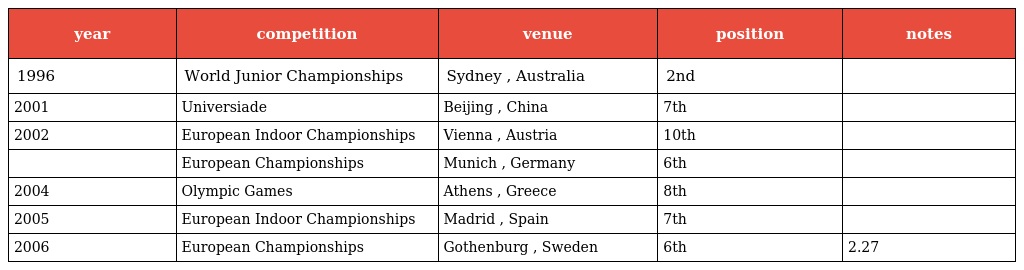
| year | competition | venue | position | notes |
 | --- | --- | --- | --- | --- |
 | 1996 | World Junior Championships | Sydney , Australia | 2nd |  |
 | 2001 | Universiade | Beijing , China | 7th |  |
 | 2002 | European Indoor Championships | Vienna , Austria | 10th |  |
 |  | European Championships | Munich , Germany | 6th |  |
 | 2004 | Olympic Games | Athens , Greece | 8th |  |
 | 2005 | European Indoor Championships | Madrid , Spain | 7th |  |
 | 2006 | European Championships | Gothenburg , Sweden | 6th | 2.27 |